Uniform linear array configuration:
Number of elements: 48
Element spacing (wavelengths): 0.75
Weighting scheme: hamming
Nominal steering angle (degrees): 30
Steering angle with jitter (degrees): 31.822
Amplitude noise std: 0.05
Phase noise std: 0.05

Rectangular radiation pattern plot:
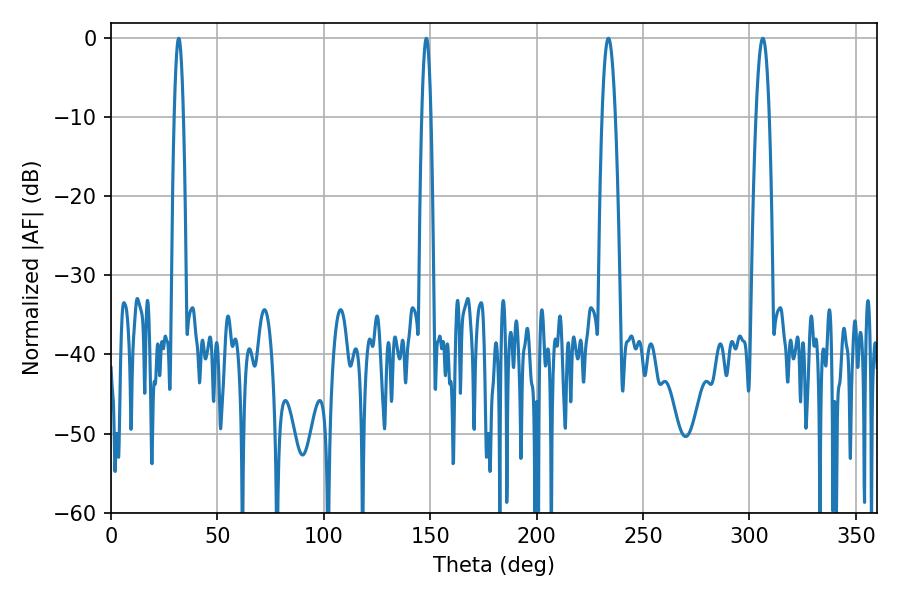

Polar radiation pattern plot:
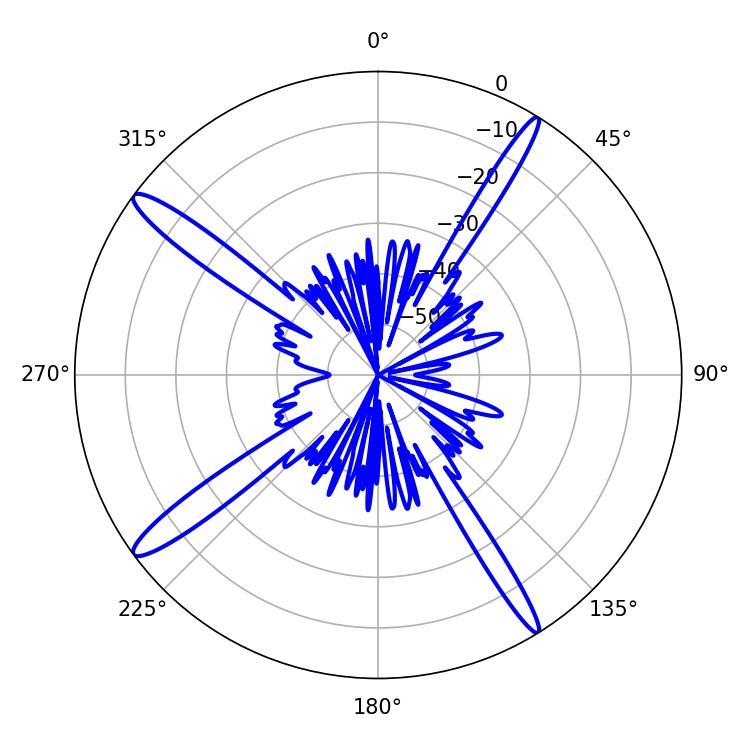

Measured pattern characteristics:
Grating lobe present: TRUE
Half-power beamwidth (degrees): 2.34
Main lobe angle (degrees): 31.86